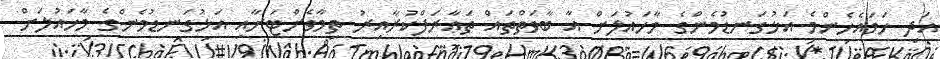
އަދި ހަމައެހެންމެ އަޅުގަނޑުމެންގެ މާހައުލަށް އާ ބާވަތްތައް ތަޢާރަފްކުރާއިރު ތިމާވެށްޓަށާއި އަޅުގަނޑުމެންގެ މާހައުލަށް